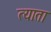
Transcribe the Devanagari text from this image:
त्याता